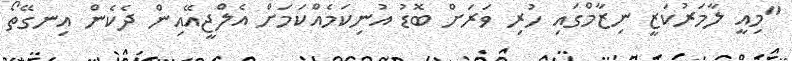
"މިއީ ލާމަރުކަޒީ ނިޒާމްގައި ހުރި ވަރަށް ބޮޑު އުނިކަމެއްކަމަށް އެލްޖީއޭއިން ދެކެން އިނގޭތޯ